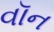
વૉન